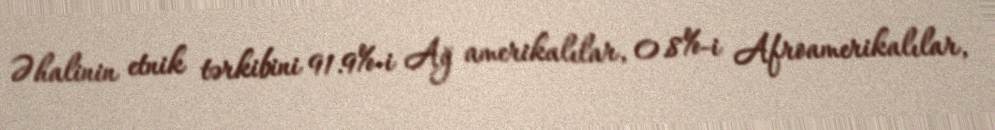
Əhalinin etnik tərkibini 91.9%-i Ağ amerikalılar, 0.8%-i Afroamerikalılar,